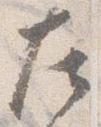
左